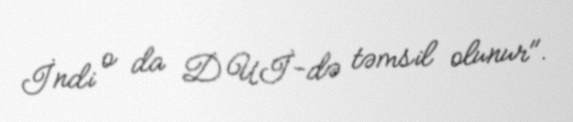
İndi o da DUİ-də təmsil olunur".